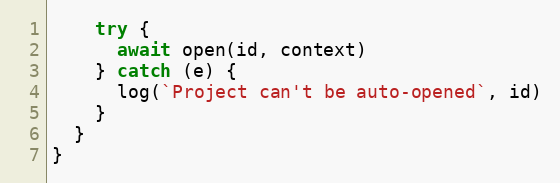
Language: JavaScript
    try {
      await open(id, context)
    } catch (e) {
      log(`Project can't be auto-opened`, id)
    }
  }
}